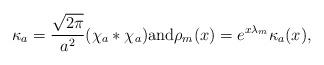
LaTeX: \begin{align*} \kappa_a=\frac{\sqrt{2\pi}}{a^2}(\chi_a*\chi_a) \mbox{and}\rho_m(x)=e^{x\lambda_m}\kappa_a(x),\end{align*}